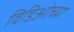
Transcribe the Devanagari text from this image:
विडिओच्या